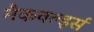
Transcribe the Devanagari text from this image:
मैकवर्ल्ड्स